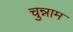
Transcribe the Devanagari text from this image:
चुन्नाम